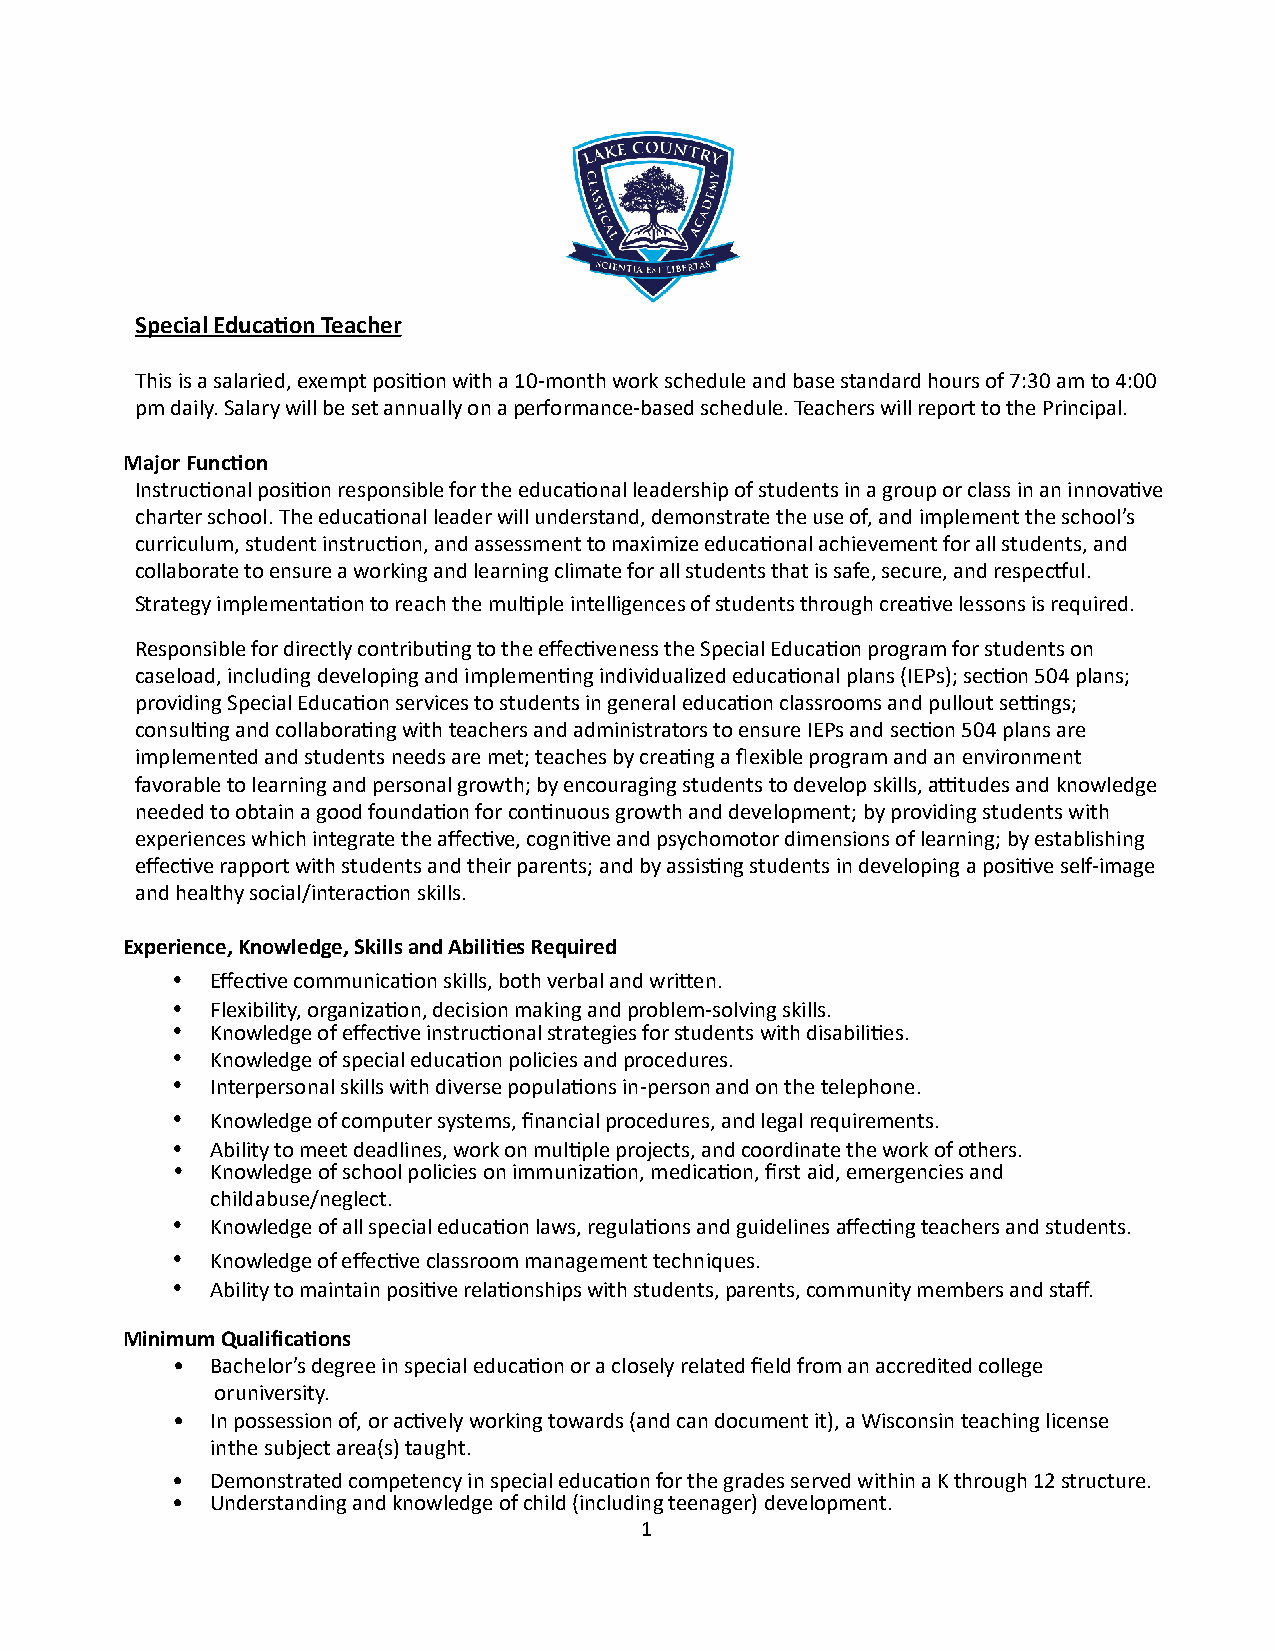
Special Educa,on Teacher
 This is a salaried, exempt posi2on with a 10-month work schedule and base standard hours of 7:30 am to 4:00
 pm daily. Salary will be set annually on a performance-based schedule. Teachers will report to the Principal.
 Major Func,on
 Instruc2onal posi2on responsible for the educa2onal leadership of students in a group or class in an innova2ve
 charter school. The educa2onal leader will understand, demonstrate the use of, and implement the school’s
 curriculum, student instruc2on, and assessment to maximize educa2onal achievement for all students, and
 collaborate to ensure a working and learning climate for all students that is safe, secure, and respecIul.
 Strategy implementa2on to reach the mul2ple intelligences of students through crea2ve lessons is required.
 Responsible for directly contribu2ng to the effec2veness the Special Educa2on program for students on
 caseload, including developing and implemen2ng individualized educa2onal plans (IEPs); sec2on 504 plans;
 providing Special Educa2on services to students in general educa2on classrooms and pullout seRngs;
 consul2ng and collabora2ng with teachers and administrators to ensure IEPs and sec2on 504 plans are
 implemented and students needs are met; teaches by crea2ng a flexible program and an environment
 favorable to learning and personal growth; by encouraging students to develop skills, aRtudes and knowledge
 needed to obtain a good founda2on for con2nuous growth and development; by providing students with
 experiences which integrate the affec2ve, cogni2ve and psychomotor dimensions of learning; by establishing
 effec2ve rapport with students and their parents; and by assis2ng students in developing a posi2ve self-image
 and healthy social/interac2on skills.
 Experience, Knowledge, Skills and Abili,es Required
 •  Effec2ve communica2on skills, both verbal and wriUen.
 •  Flexibility, organiza2on, decision making and problem-solving skills.
 •  Knowledge of effec2ve instruc2onal strategies for students with disabili2es.
 •  Knowledge of special educa2on policies and procedures.
 •  Interpersonal skills with diverse popula2ons in-person and on the telephone.
 •  Knowledge of computer systems, financial procedures, and legal requirements.
 •  Ability to meet deadlines, work on mul2ple projects, and coordinate the work of others.
 •  Knowledge of school policies on immuniza2on, medica2on, first aid, emergencies and
 child abuse/neglect.
 •  Knowledge of all special educa2on laws, regula2ons and guidelines affec2ng teachers and students.
 •  Knowledge of effec2ve classroom management techniques.
 •  Ability to maintain posi2ve rela2onships with students, parents, community members and staff.
 Minimum Qualifica,ons
 •  Bachelor’s degree in special educa2on or a closely related field from an accredited college
 or university.
 •  In possession of, or ac2vely working towards (and can document it), a Wisconsin teaching license
 in the subject area(s) taught.
 •  Demonstrated competency in special educa2on for the grades served within a K through 12 structure.
 •  Understanding and knowledge of child (including teenager) development.
 1